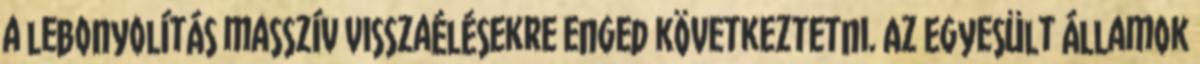
a lebonyolítás masszív visszaélésekre enged következtetni. Az Egyesült Államok